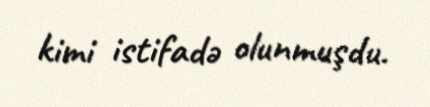
kimi istifadə olunmuşdu.